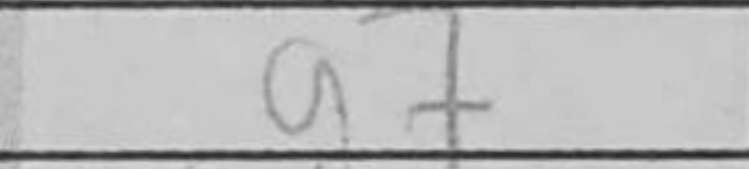
Transcription: g7